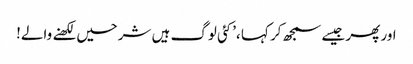
اور پھر جیسے سمجھ کر کہا ،’کئی لوگ ہیں شرحیں لکھنے والے!